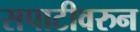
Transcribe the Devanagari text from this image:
सपाटीवरुन